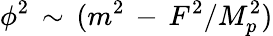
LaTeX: \phi^{2}\, \sim\, (m^{2}\, -\, F^{2}/M_{p}^{2})